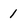
Character: 1